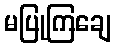
မပြုကြချေ